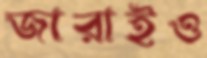
জারাইও